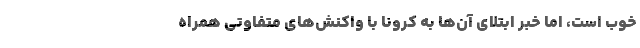
خوب است، اما خبر ابتلای آن‌ها به کرونا با واکنش‌های متفاوتی همراه